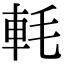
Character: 軞